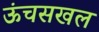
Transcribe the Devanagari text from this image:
ऊंचसखल